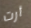
أرت